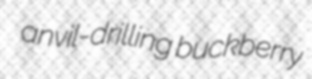
anvil-drilling buckberry